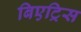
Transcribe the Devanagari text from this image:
बिएट्रिस